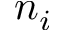
n _ { i }